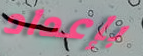
بإعداد